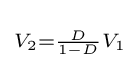
\scriptstyle V_{2}={\frac {D}{1-D}}V_{1}